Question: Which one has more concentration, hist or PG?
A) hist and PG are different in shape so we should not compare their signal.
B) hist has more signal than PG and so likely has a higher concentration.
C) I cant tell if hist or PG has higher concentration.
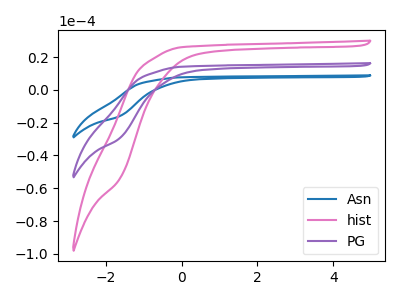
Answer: <think>The blue curve "Asn" has no peaks. The pink curve "hist" has no peaks. The purple curve "PG" has no peaks.
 Neither "hist" or "PG" have any peaks.</think>
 <answer>C) I cant tell if "hist" or "PG" has higher concentration.</answer>
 <eval>C</eval>